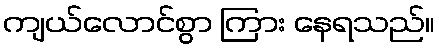
ကျယ်လောင်စွာ ကြား နေရသည်။